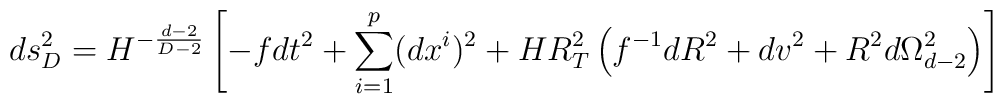
ds_{D}^2 = H^{-\frac{d-2}{D-2}}\left[ - f dt^2 + \sum_{i=1}^p (dx^i)^2 + H R_T^2\left( f^{-1} dR^2 + dv^2+ R^2 d\Omega_{d-2}^2 \right) \right]